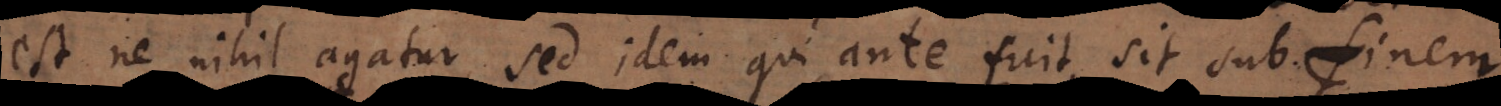
est ne nihil agatur, sed idem qui ante fuit, sit sub finem